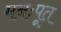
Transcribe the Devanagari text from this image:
मनःपूत